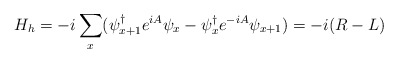
\begin{align*}H_{h}=-i\sum_{x}(\psi_{x+1}^{\dag}e^{iA}\psi_{x}-\psi_{x}^{\dag}e^{-iA}\psi_{x+1})=-i(R-L)\end{align*}